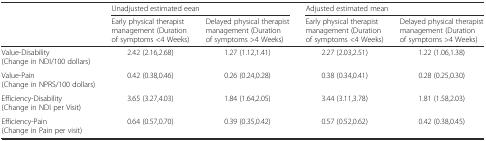
<table><thead><tr><td></td><td colspan="2"><b>Unadjusted estimated eean</b></td><td colspan="2"><b>Adjusted estimated mean</b></td></tr><tr><td></td><td><b>Early physical therapist management (Duration of symptoms &lt;4 Weeks)</b></td><td><b>Delayed physical therapist management (Duration of symptoms &gt;4 Weeks)</b></td><td><b>Early physical therapist management (Duration of symptoms &lt;4 Weeks)</b></td><td><b>Delayed physical therapist management (Duration of symptoms &gt;4 Weeks)</b></td></tr></thead><tbody><tr><td>Value-Disability (Change in NDI/100 dollars)</td><td>2.42 (2.16,2.68)</td><td>1.27 (1.12,1.41)</td><td>2.27 (2.03,2.51)</td><td>1.22 (1.06,1.38)</td></tr><tr><td>Value-Pain (Change in NPRS/100 dollars)</td><td>0.42 (0.38,0.46)</td><td>0.26 (0.24,0.28)</td><td>0.38 (0.34,0.41)</td><td>0.28 (0.25,0.30)</td></tr><tr><td>Efficiency-Disability (Change in NDI per Visit)</td><td>3.65 (3.27,4.03)</td><td>1.84 (1.64,2.05)</td><td>3.44 (3.11,3.78)</td><td>1.81 (1.58,2.03)</td></tr><tr><td>Efficiency-Pain (Change in Pain per visit)</td><td>0.64 (0.57,0.70)</td><td>0.39 (0.35,0.42)</td><td>0.57 (0.52,0.62)</td><td>0.42 (0.38,0.45)</td></tr></tbody></table>